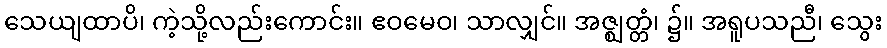
သေယျထာပိ၊ ကဲ့သို့လည်းကောင်း။ ဧဝမေဝ၊ သာလျှင်။ အဇ္ဈတ္တံ၊ ၌။ အရူပသညီ၊ သွေး